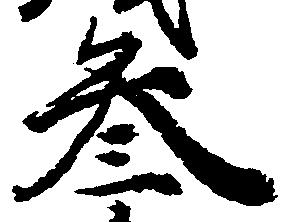
参